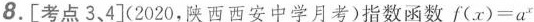
8.[考点3、4](2020，陕西西安中学月考)指数函数$$f(x)=a^{x}$$